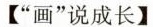
【”画”说成长】